Annual report of the Bengal Veterinary College and of the Civil Veterinary Department, Bengal, for the year 1910-1911 - 1910-1911
Year: 1910
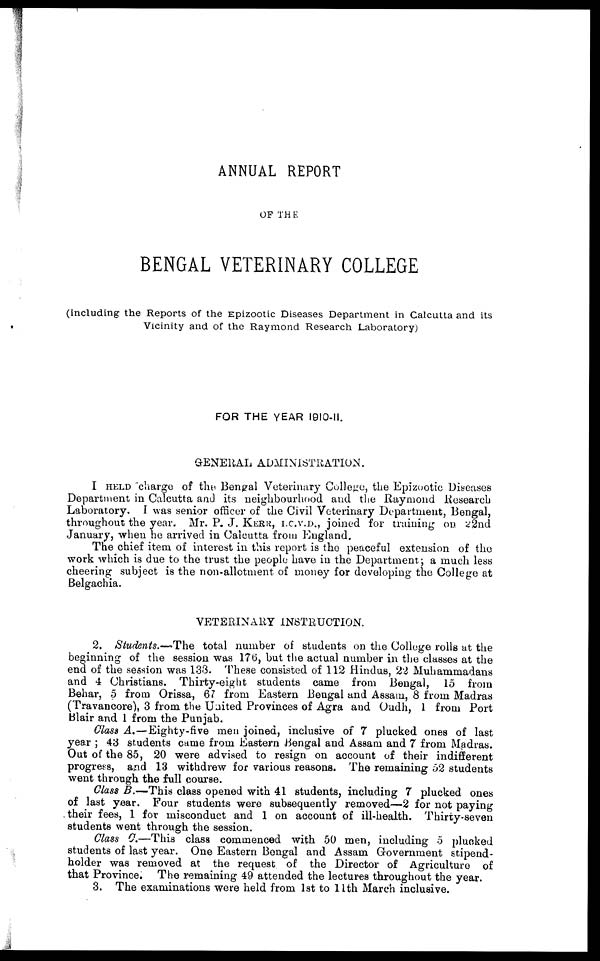
ANNUAL REPORT
OF THE
BENGAL VETERINARY COLLEGE
(including the Reports of the Epizootic Diseases Department in Calcutta and its
Vicinity and of the Raymond Research Laboratory)
FOR THE YEAR 1910-11.
GENERAL ADMINISTRATION.
I HELD charge of the Bengal Veterinary College, the Epizootic Diseases
Department in Calcutta and its neighbourhood and the Raymond Research
Laboratory. I was senior officer of the Civil Veterinary Department, Bengal,
throughout the year. Mr. P. J. KERR, I.C.V.D., joined for training on 22nd
January, when he arrived in Calcutta from England.
The chief item of interest in this report is the peaceful extension of the
work which is due to the trust the people have in the Department; a much less
cheering subject is the non-allotment of money for developing the College at
Belgachia.
VETERINARY INSTRUCTION.
2. Students.-—The total number of students on the College rolls at the
beginning of the session was 176, but the actual number in the classes at the
end of the session was 133. These consisted of 112 Hindus, 22 Muhammadans
and 4 Christians. Thirty-eight students came from Bengal, 15 from
Behar, 5 from Orissa, 67 from Eastern Bengal and Assam, 8 from Madras
(Travancore), 3 from the United Provinces of Agra and Oudh, 1 from Port
Blair and 1 from the Punjab.
Class A.—Eighty-five men joined, inclusive of 7 plucked ones of last
year ; 43 students came from Eastern Bengal and Assam and 7 from Madras.
Out of the 85, 20 were advised to resign on account of their indifferent
progress, and 13 withdrew for various reasons. The remaining 52 students
went through the full course.
Class B.-This class opened with 41 students, including 7 plucked ones
of last year. Four students were subsequently removed—2 for not paying
their fees, 1 for misconduct and 1 on account of ill-health. Thirty-seven
students went through the session.
Class C.—This class commenced with 50 men, including 5 plucked
students of last year. One Eastern Bengal and Assam Government stipend-
holder was removed at the request of the Director of Agriculture of
that Province. The remaining 49 attended the lectures throughout the year.
3. The examinations were held from 1st to 11th March inclusive.